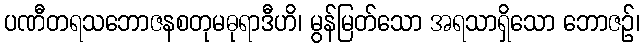
ပဏီတရသဘောဇနစတုမဓုရာဒီဟိ၊ မွန်မြတ်သော အရသာရှိသော ဘောဇဉ်၊